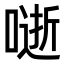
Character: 𭊅